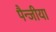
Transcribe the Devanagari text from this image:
पैन्जीया